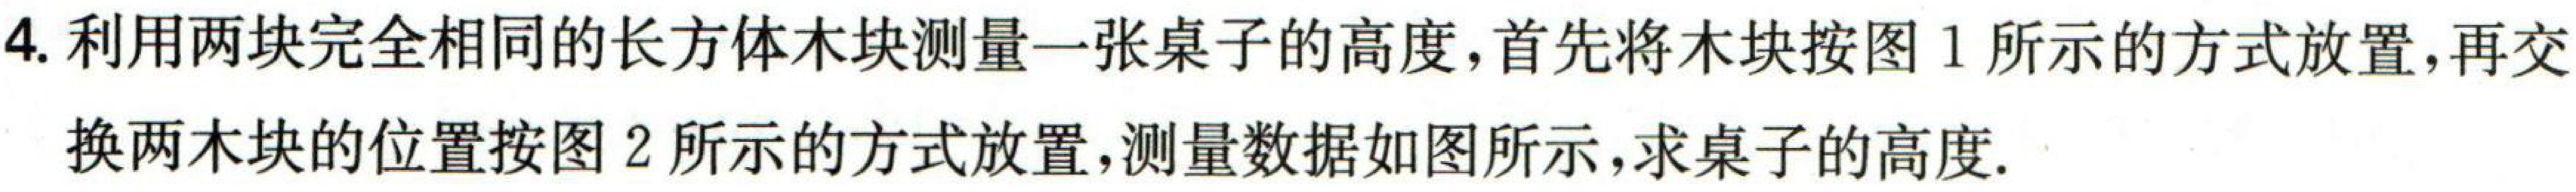
4. 利用两块完全相同的长方体木块测量一张桌子的高度，首先将木块按图1所示的方式放置，再交换两木块的位置按图2所示的方式放置，测量数据如图所示，求桌子的高度.